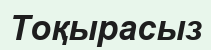
Тоқырасыз